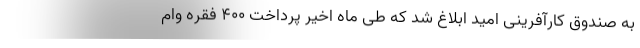
به صندوق کارآفرینی امید ابلاغ شد که طی ماه اخیر پرداخت ۴۰۰ فقره وام